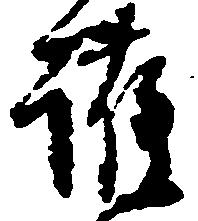
護